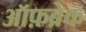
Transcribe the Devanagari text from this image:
ऑफ़ब्रेक